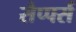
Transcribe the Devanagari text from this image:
सैप्पर्स